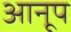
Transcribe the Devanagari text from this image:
आनूप